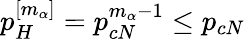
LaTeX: p_{H}^{[m_{\alpha}]}=p_{cN}^{m_{\alpha}-1}\leq p_{cN}